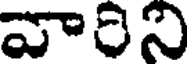
వారిని